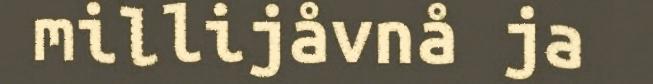
millijåvnå ja